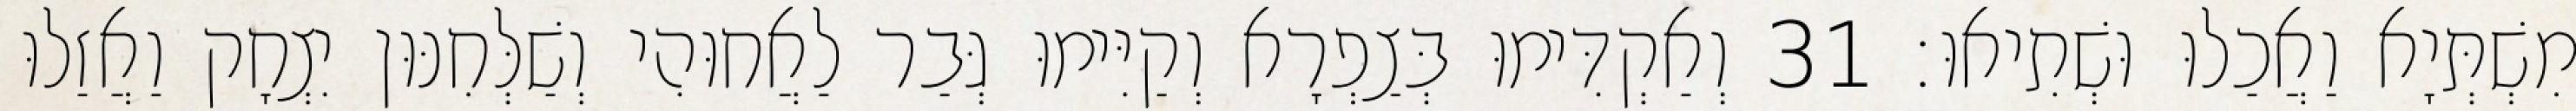
מִשְׁתְּיָא וַאֲכַלוּ וּשְׁתִיאוּ׃ 31 וְאַקְדִּימוּ בְּצַפְרָא וְקַיִּימוּ גְּבַר לַאֲחוּהִי וְשַׁלְּחִנּוּן יִצְחָק וַאֲזַלוּ